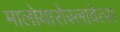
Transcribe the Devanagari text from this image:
मालोयारोस्लावेत्स